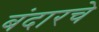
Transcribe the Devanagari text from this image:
बंदारचे